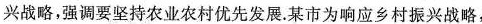
兴战略，强调要坚持农业农村优先发展。某市为响应乡村振兴战略，